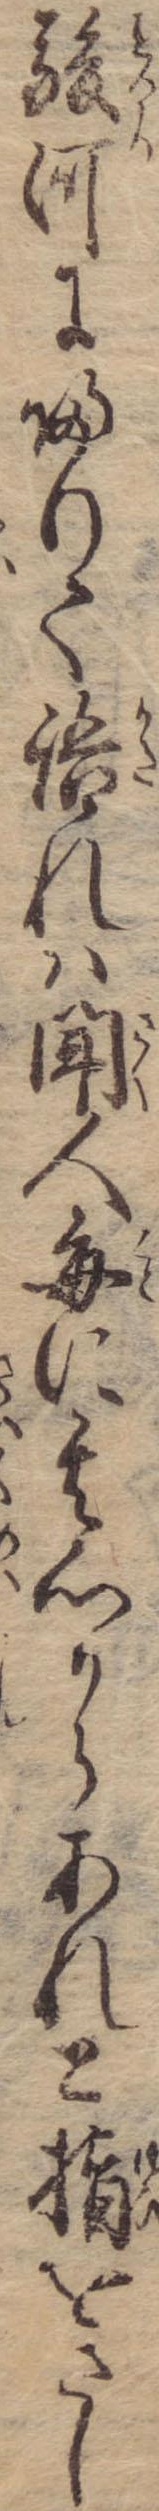
駿河に帰りて語れは聞人毎に其心からあれと指をさし